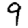
Digit: 9